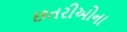
છતરીઓના